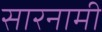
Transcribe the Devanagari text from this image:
सारनामी